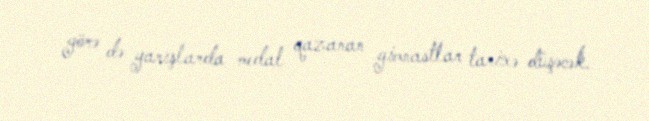
görə də yarışlarda medal qazanan gimnastlar tarixə düşəcək.